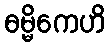
ဓမ္မိကေဟိ